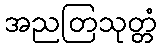
အညတြသုတ္တံ